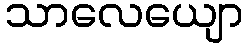
သာလေယျော